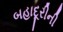
બહાદૂરીની